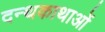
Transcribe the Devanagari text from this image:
दन्थकाथाओं